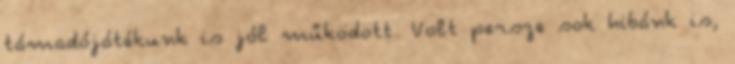
támadójátékunk is jól működött. Volt persze sok hibánk is,